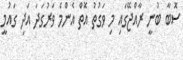
ސޮބާ ބުނީ ރާއްޖޭގައި މި ވަގުތު އޮތް އެންމެ ވަރުގަދަ އަދި ގައުމީ